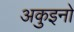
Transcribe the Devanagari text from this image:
अकुइनो